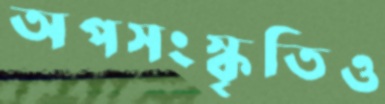
অপসংস্কৃতিও